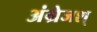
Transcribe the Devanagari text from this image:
अंग्रेजश्